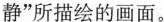
静”所描绘的画面。